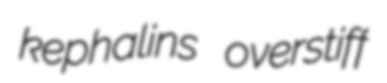
kephalins overstiff